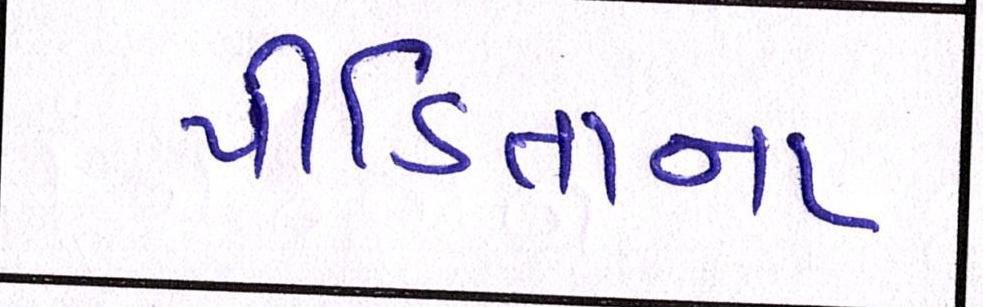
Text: પીડિતાના